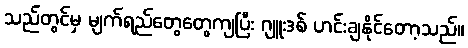
သည်တွင်မှ မျက်ရည်တွေတွေကျပြီး ဂျူးဒစ် ဟင်းချနိုင်တော့သည်။